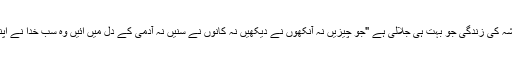
پاک کلام کہتا ہے کہ مرنے کے بعد نہ صرف زندگی ہے بلکہ ہمیشہ کی زندگی جو بہت ہی جلالی ہے "جو چیزیں نہ آنکھوں نے دیکھیں نہ کانوں نے سنیں نہ آدمی کے دل میں ائیں وہ سب خدا نے اپنے محبت رکھنے والوں کے لئے تیار کر دیں" (1 کرنتھیوں 2:9)۔